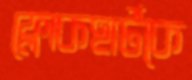
ফ্লোকহার্টকে